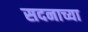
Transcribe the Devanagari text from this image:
सदनाच्या